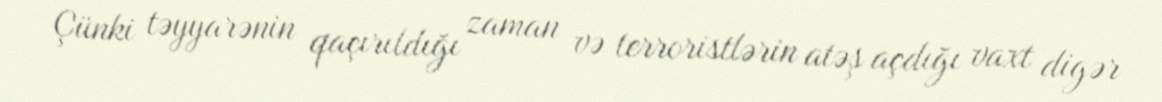
Çünki təyyarənin qaçırıldığı zaman və terroristlərin atəş açdığı vaxt digər